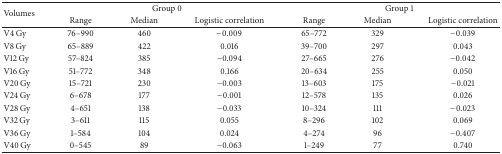
| <ROWSPAN=2> Volumes | <COLSPAN=3> Group 0 | <COLSPAN=3> Group 1 |
 | Range | Median | Logistic correlation | Range | Median | Logistic correlation |
 | --- | --- | --- | --- | --- | --- | --- |
 | V4 Gy | 76–990 | 460 | −0.009 | 65–772 | 329 | −0.039 |
 | V8 Gy | 65–889 | 422 | 0.016 | 39–700 | 297 | 0.043 |
 | V12 Gy | 57–824 | 385 | −0.094 | 27–665 | 276 | −0.042 |
 | V16 Gy | 51–772 | 348 | 0.166 | 20–634 | 255 | 0.050 |
 | V20 Gy | 15–721 | 230 | −0.003 | 13–603 | 175 | −0.021 |
 | V24 Gy | 6–678 | 177 | −0.001 | 12–578 | 135 | 0.026 |
 | V28 Gy | 4–651 | 138 | −0.033 | 10–324 | 111 | −0.023 |
 | V32 Gy | 3–611 | 115 | 0.055 | 8–296 | 102 | 0.069 |
 | V36 Gy | 1–584 | 104 | 0.024 | 4–274 | 96 | −0.407 |
 | V40 Gy | 0–545 | 89 | −0.063 | 1–249 | 77 | 0.740 |